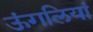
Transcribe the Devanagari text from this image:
ऊंगलियां